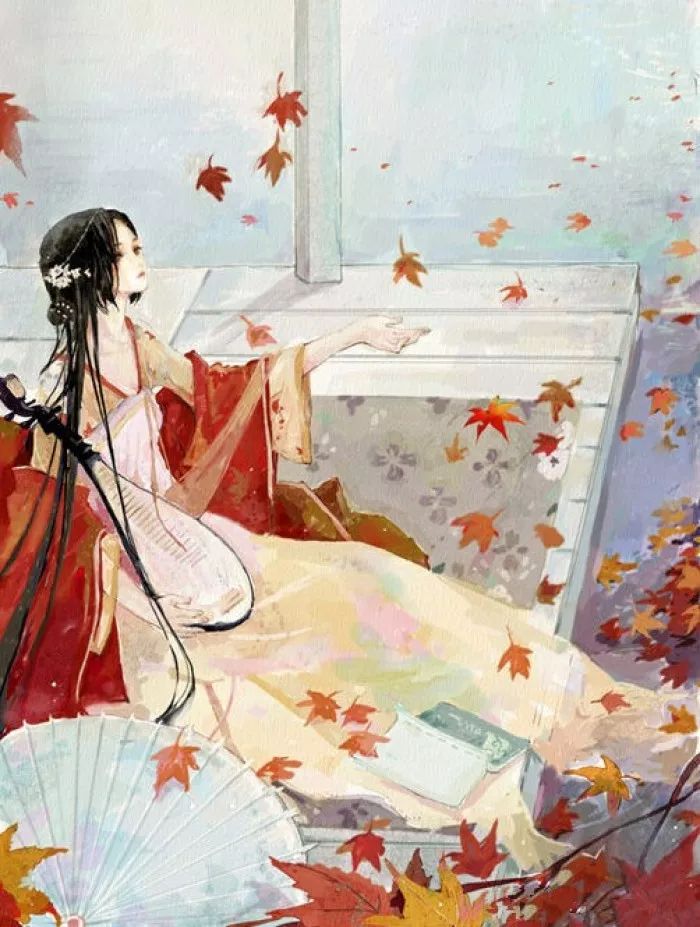
花过雨。又是一番红素。燕子归来愁不语。